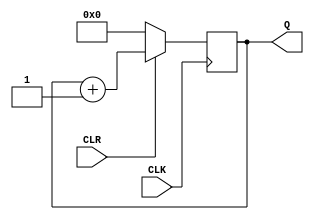
module Counter_4bit (
    output reg [3:0] Q,
    input wire CLK, CLR
);
    always @ (posedge CLK)
    begin
        if (CLR==0)
            Q = 4'b0000;
        else
            Q = Q+1;
    end
endmodule